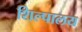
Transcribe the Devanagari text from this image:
शिल्पालय